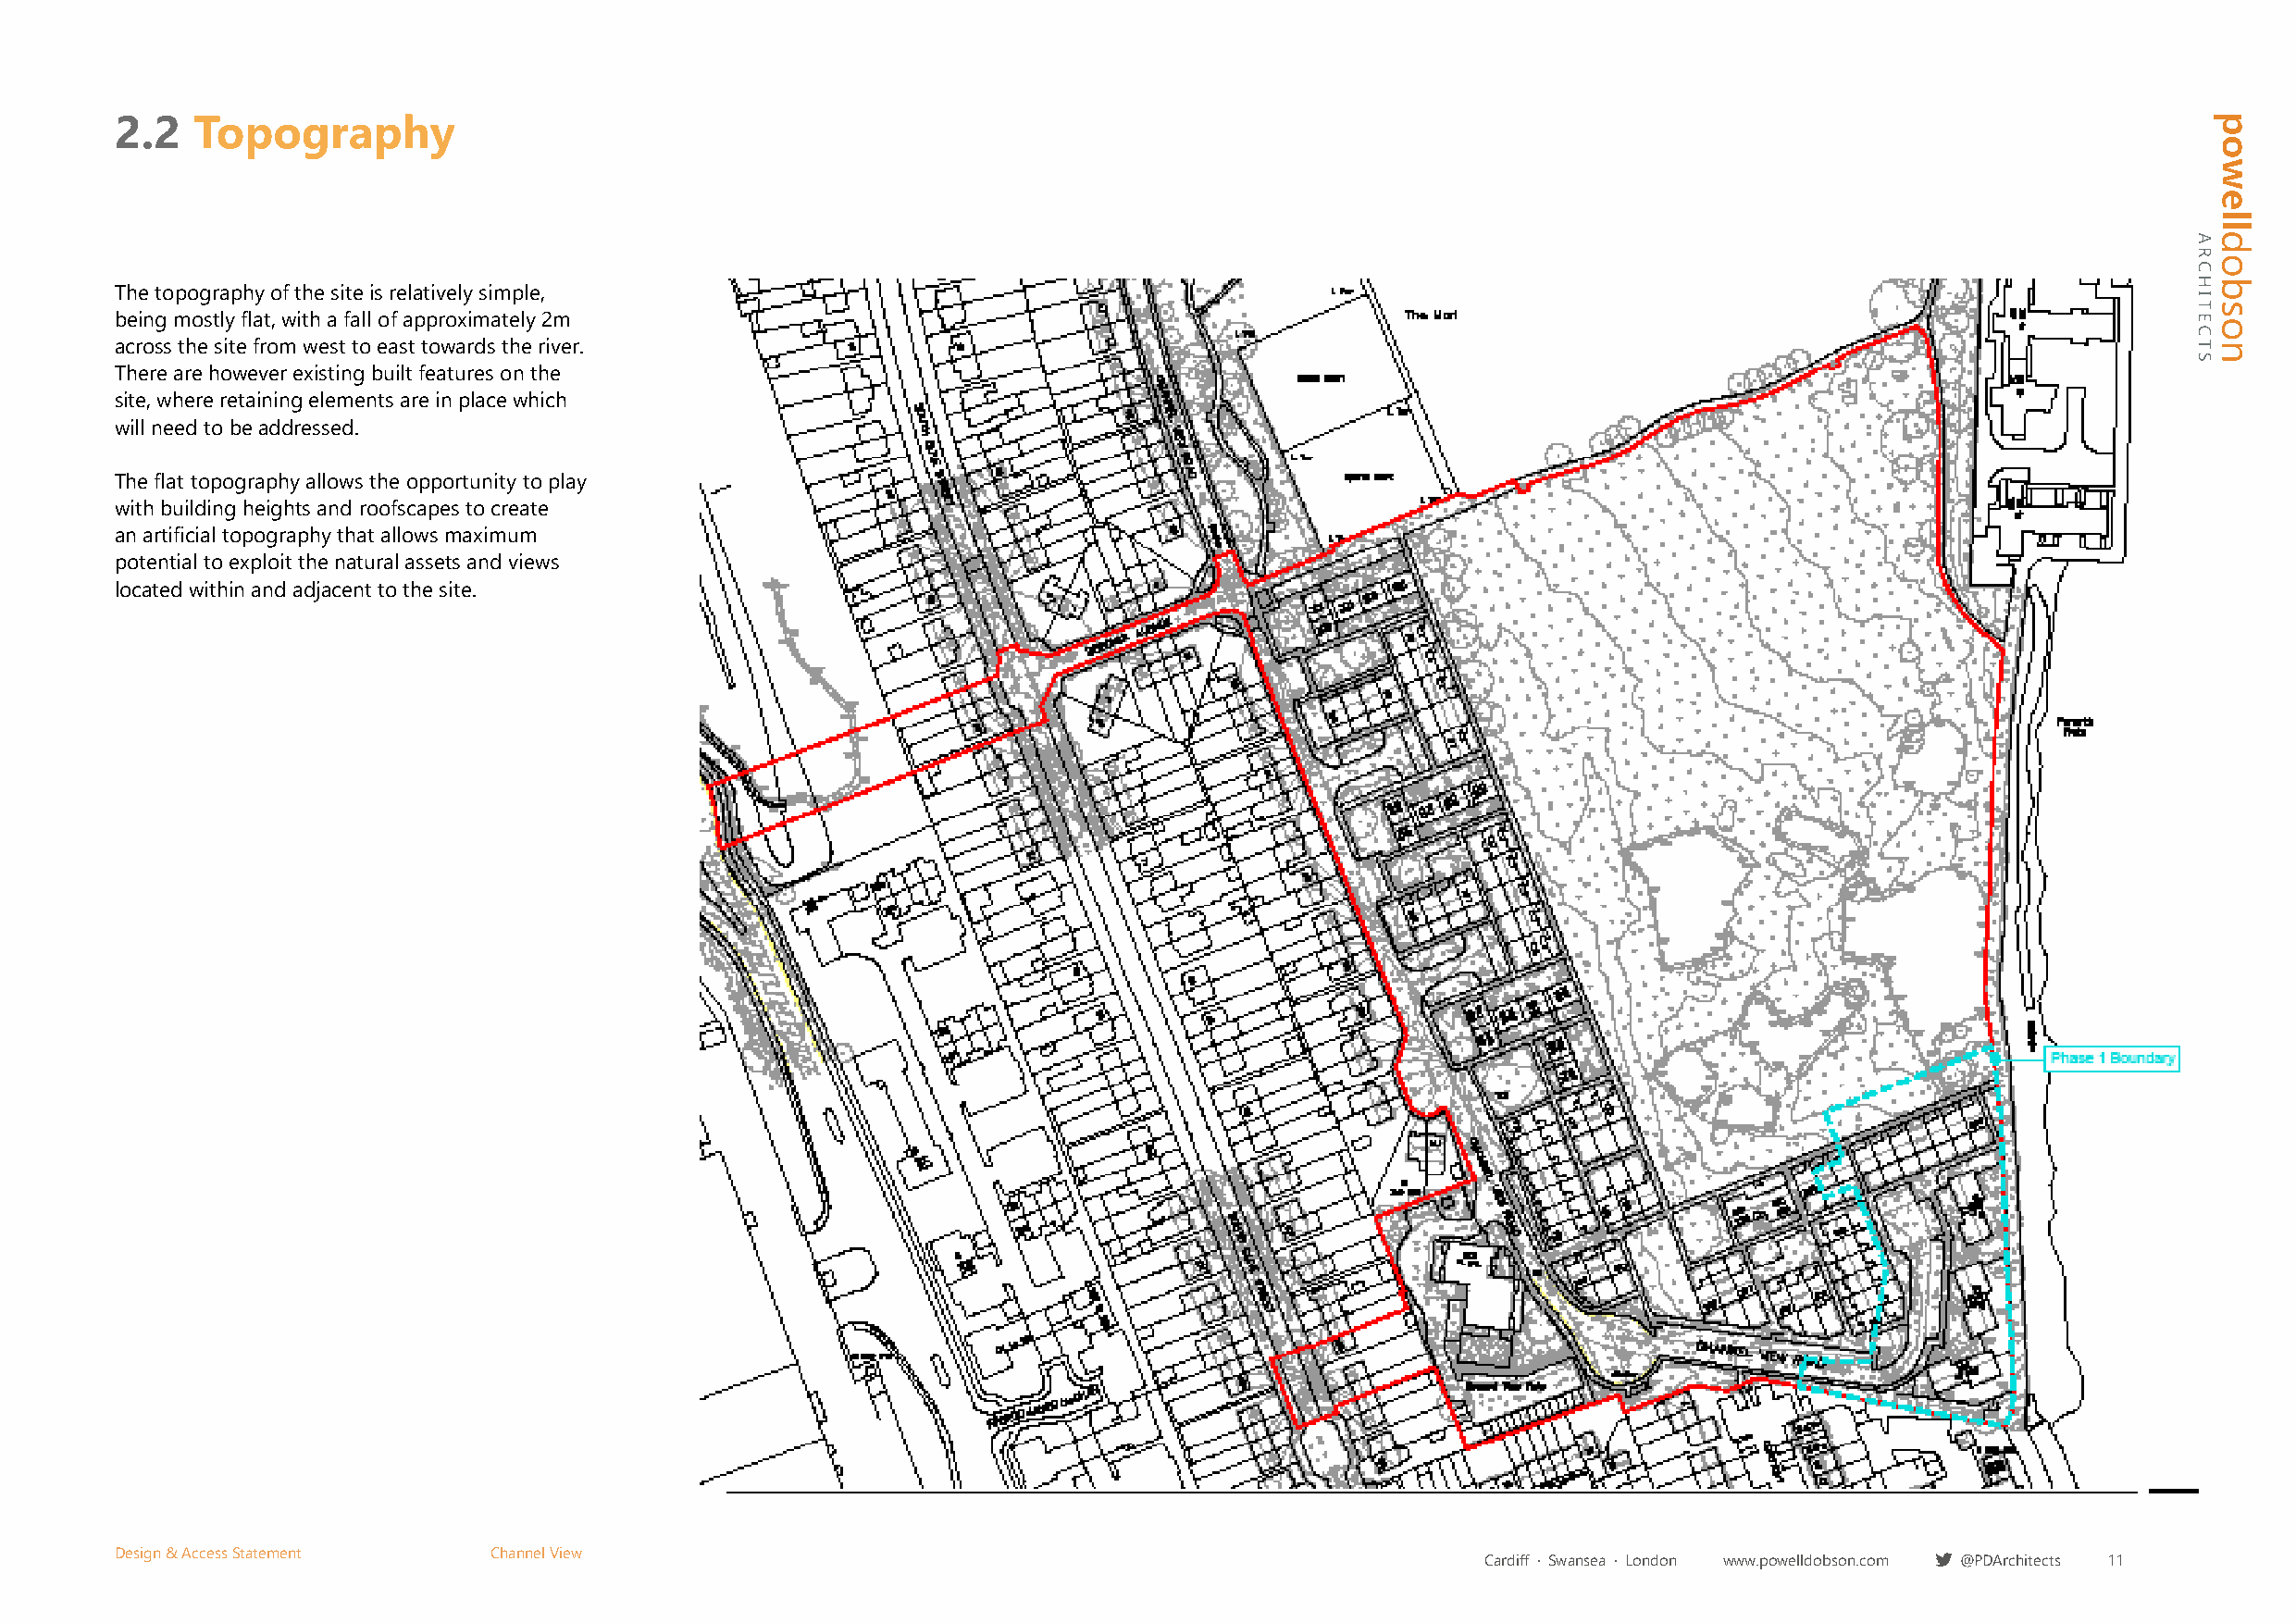
2.2   Topography
 The topography of the site is relatively simple,
 being mostly flat, with a fall of approximately 2m
 across the site from west to east towards the river.
 There are however existing built features on the
 site, where retaining elements are in place which
 will need to be addressed.
 The flat topography allows the opportunity to play
 with building heights and roofscapes to create
 an artificial topography that allows maximum
 potential to exploit the natural assets and views
 located within and adjacent to the site.
 Design & Access Statement  Channel View
 Cardiff · Swansea · London www.powelldobson.com @PDArchitects 11